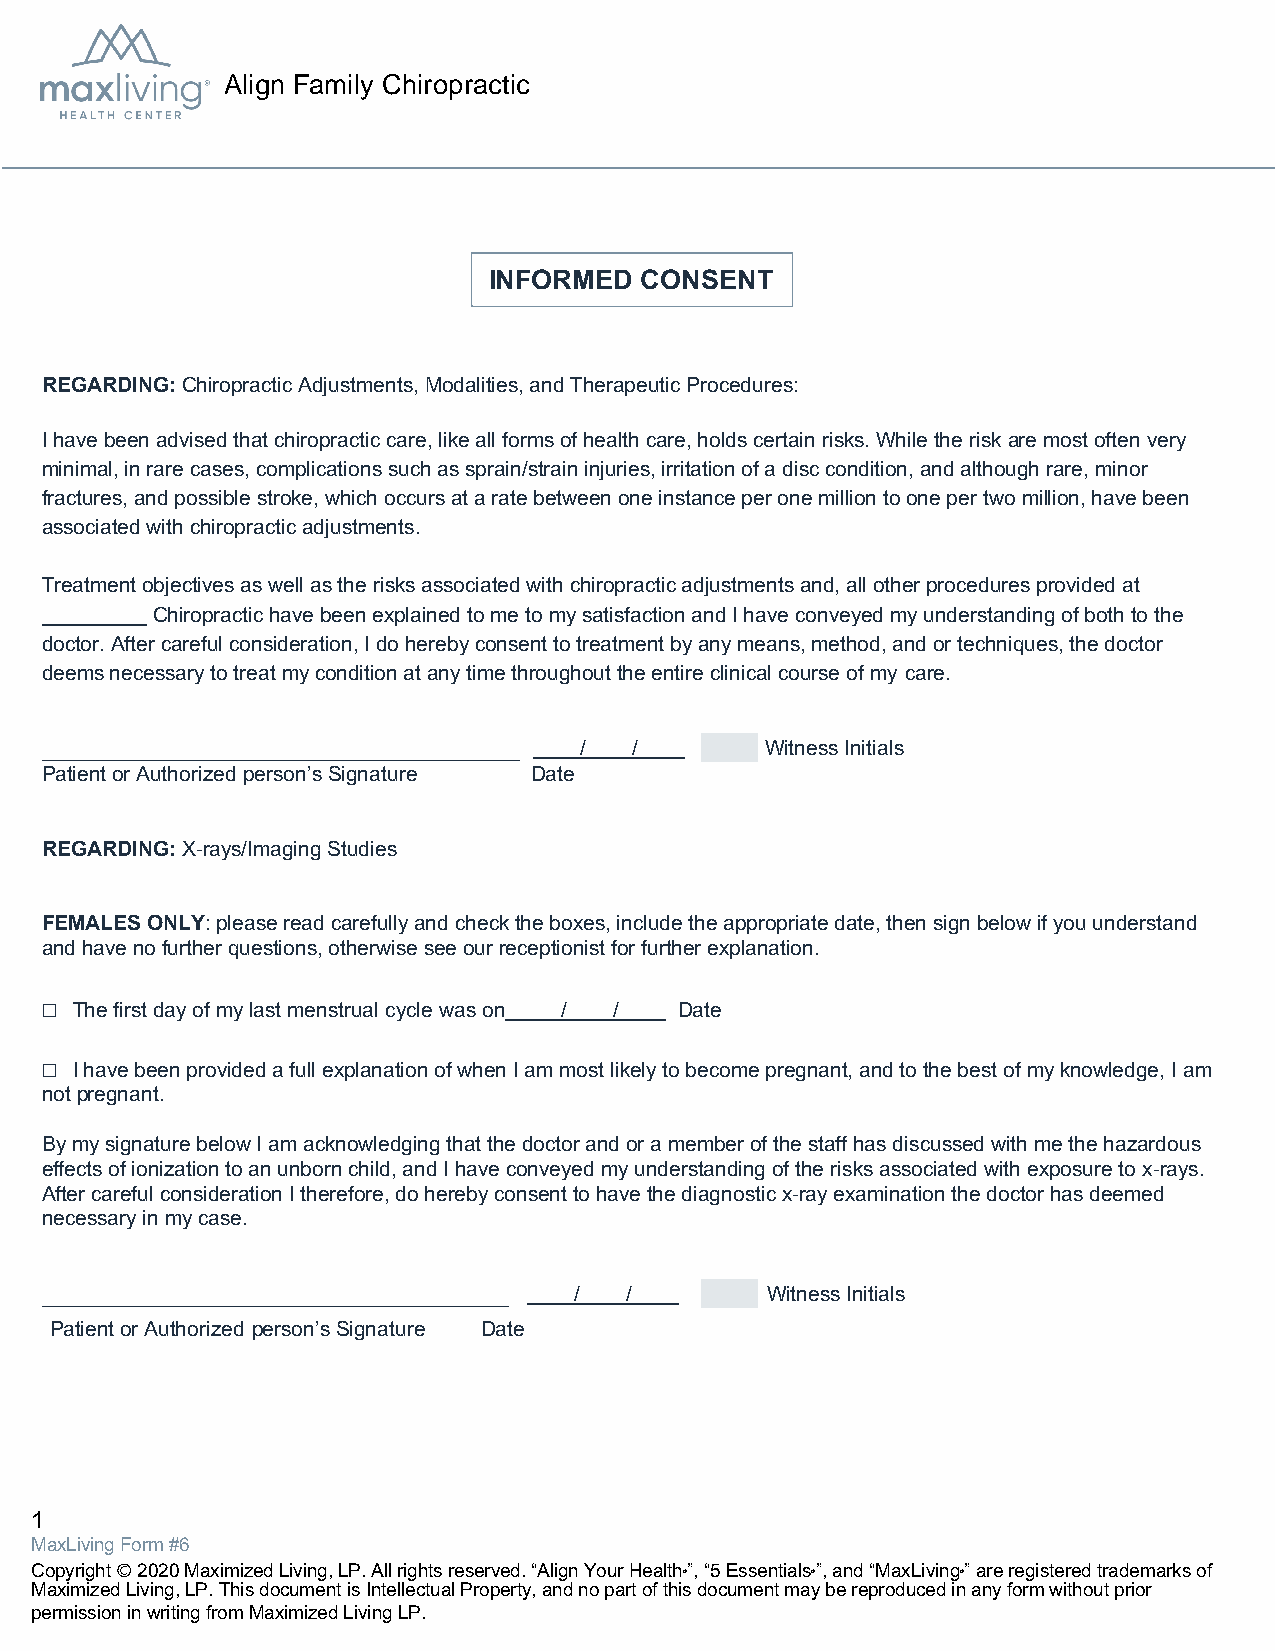
Align Family Chiropractic
 INFORMED  CONSENT
 REGARDING: Chiropractic Adjustments, Modalities, and Therapeutic Procedures:
 I have been advised that chiropractic care, like all forms of health care, holds certain risks. While the risk are most often very
 minimal, in rare cases, complications such as sprain/strain injuries, irritation of a disc condition, and although rare, minor
 fractures, and possible stroke, which occurs at a rate between one instance per one million to one per two million, have been
 associated with chiropractic adjustments.
 Treatment objectives as well as the risks associated with chiropractic adjustments and, all other procedures provided at
 Chiropractic have been explained to me to my satisfaction and I have conveyed my understanding of both to the
 doctor. After careful consideration, I do hereby consent to treatment by any means, method, and or techniques, the doctor
 deems necessary to treat my condition at any time throughout the entire clinical course of my care.
 /   /        Witness Initials
 Patient or Authorized person’s Signature Date
 REGARDING: X-rays/Imaging Studies
 FEMALES ONLY: please read carefully and check the boxes, include the appropriate date, then sign below if you understand
 and have no further questions, otherwise see our receptionist for further explanation.
 ☐ The first day of my last menstrual cycle was on / / Date
 ☐ I have been provided a full explanation of when I am most likely to become pregnant, and to the best of my knowledge, I am
 not pregnant.
 By my signature below I am acknowledging that the doctor and or a member of the staff has discussed with me the hazardous
 effects of ionization to an unborn child, and I have conveyed my understanding of the risks associated with exposure to x-rays.
 After careful consideration I therefore, do hereby consent to have the diagnostic x-ray examination the doctor has deemed
 necessary in my case.
 /  /         Witness Initials
 Patient or Authorized person’s Signature Date
 1
 MaxLiving Form #6
 Copyright Ⓒ 2020 Maximized Living, LP. All rights reserved. “Align Your Health Ⓡ”, “5 Essentials Ⓡ”, and “MaxLiving Ⓡ” are registered trademarks of
 Maximized Living, LP. This document is Intellectual Property, and no part of this document may be reproduced in any form without prior
 permission in writing from Maximized Living LP.